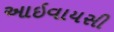
આઇવાયસી